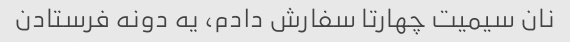
نان سیمیت چهارتا سفارش دادم، یه دونه فرستادن